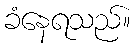
ခံနေရသည်။